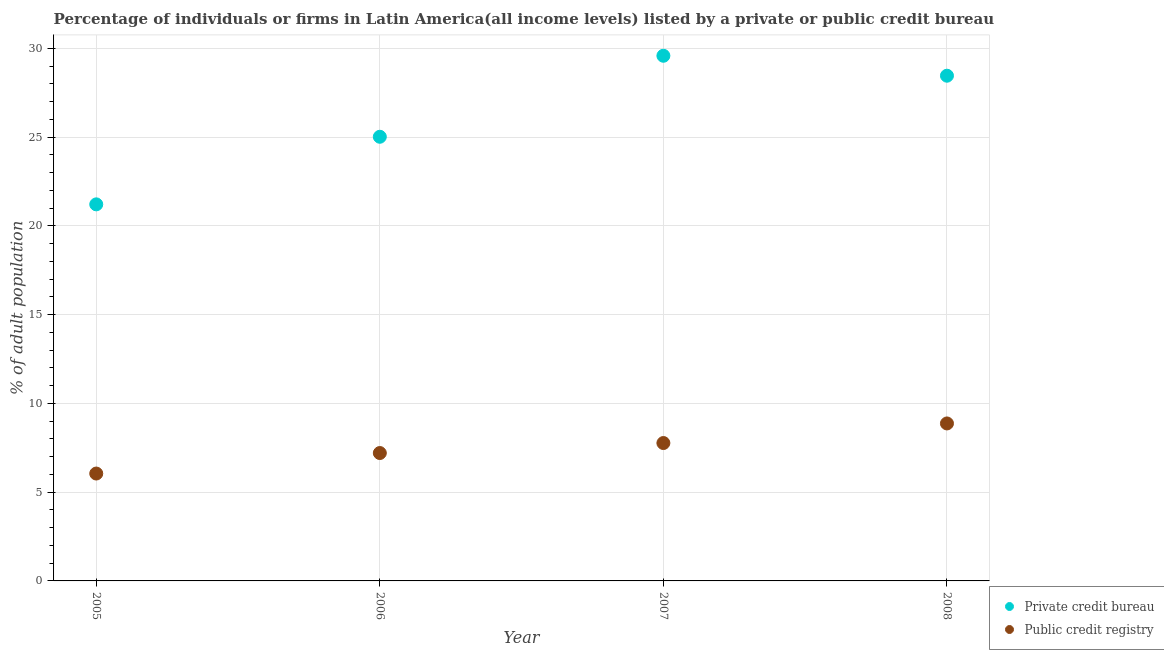
| Year | Private credit bureau | Public credit registry |
 | --- | --- | --- |
 | 2005 | 21.2 | 6.05 |
 | 2006 | 25 | 7.2 |
 | 2007 | 29.6 | 7.77 |
 | 2008 | 28.5 | 8.87 |